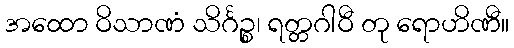
အထော ဝိသာဏံ သိင်္ဂဉ္စ၊ ရတ္တဂါဝီ တု ရောဟိဏီ။